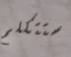
ستتكلم